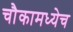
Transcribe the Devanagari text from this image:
चौकामध्येच